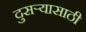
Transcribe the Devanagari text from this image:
दुसऱ्यासाठी